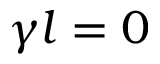
\gamma l = 0